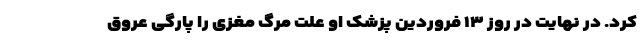
کرد. در نهایت در روز ۱۳ فروردین پزشک او علت مرگ مغزی را پارگی عروق